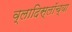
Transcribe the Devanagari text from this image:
व्लादिस्लॉच्या